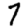
Digit: 7